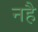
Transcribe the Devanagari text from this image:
नहै